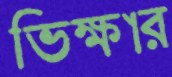
ভিক্ষার